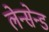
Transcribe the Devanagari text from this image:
लेन्सेन्ड